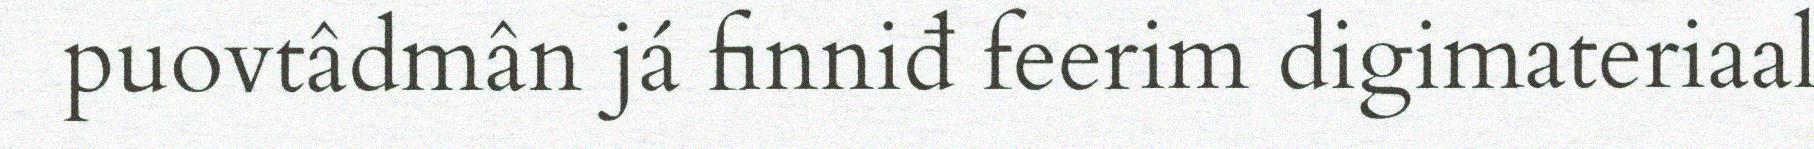
puovtâdmân já finniđ feerim digimateriaal